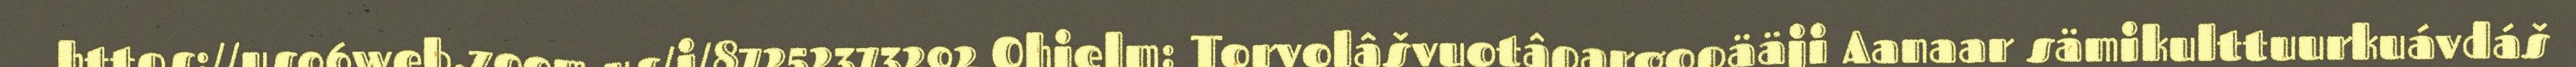
https://us06web.zoom.us/j/87252373292 Ohjelm: Torvolâšvuotâpargopääji Aanaar sämikulttuurkuávdáš